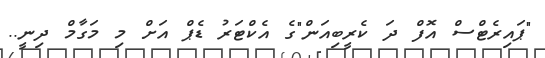
"ޕައިރެޓްސް އޮފް ދަ ކެރީބިއަން"ގެ އެކްޓަރު ޑެޕް އަށް މި މަގާމް ދިނީ..